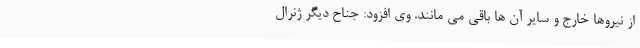
از نیروها خارج و سایر آن ها باقی می مانند. وی افزود: جناح دیگر ژنرال